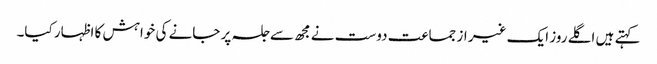
کہتے ہیں اگلے روز ایک غیر از جماعت دوست نے مجھ سے جلسہ پر جانے کی خواہش کا اظہار کیا۔